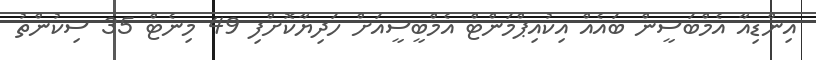
އިންޑިއާ އެމްބަސީން ބައެއް އިކުއިޕްމަންޓް އެމްބީސީއަށް ހަދިޔާކޮށްފި 49 މިނެޓް 35 ސިކުންތު